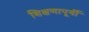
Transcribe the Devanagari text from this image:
शिक्षणापूर्वी